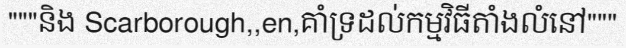
"""និង Scarborough,,en,គាំទ្រដល់កម្មវិធីតាំងលំនៅ"""